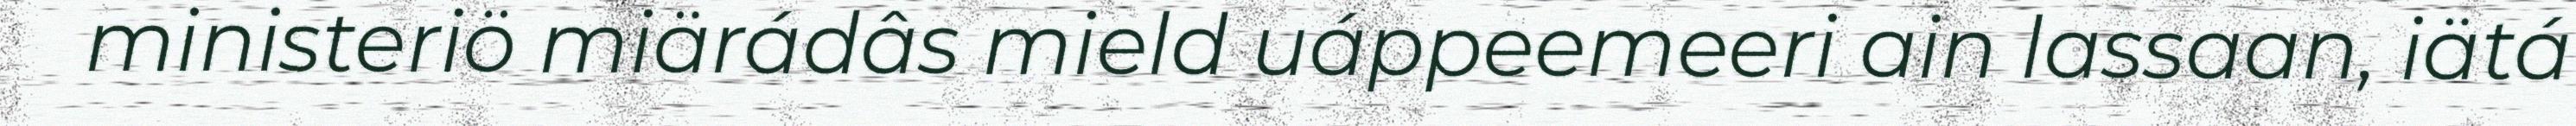
ministeriö miärádâs mield uáppeemeeri ain lassaan, iätá